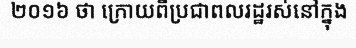
២០១៦ ថា ក្រោយពីប្រជាពលរដ្ឋរស់នៅក្នុង